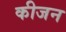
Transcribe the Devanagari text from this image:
कीजन